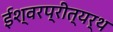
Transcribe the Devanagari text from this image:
ईश्वरप्रीत्यर्थ